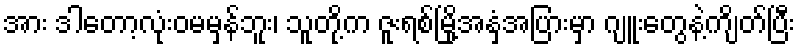
အား ဒါတော့လုံးဝမမှန်ဘူး၊ သူတို့က ဇူးရစ်မြို့အနှံ့အပြားမှာ ဂျူးတွေနဲ့ကျိတ်ပြီး